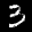
Label: 3